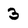
Character: 3